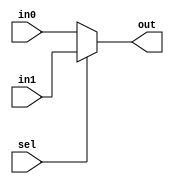
module MUX32
(
    input  [31:0] in0,
    input  [31:0] in1,
    input         sel,
    output [31:0] out
);

// Implementation
assign out = sel ? in1 : in0;

endmodule